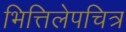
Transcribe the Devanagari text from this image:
भित्तिलेपचित्र